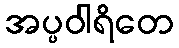
အပ္ပဝါရိတေ